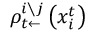
\rho _ { t \leftarrow } ^ { i \setminus j } \left( x _ { i } ^ { t } \right)